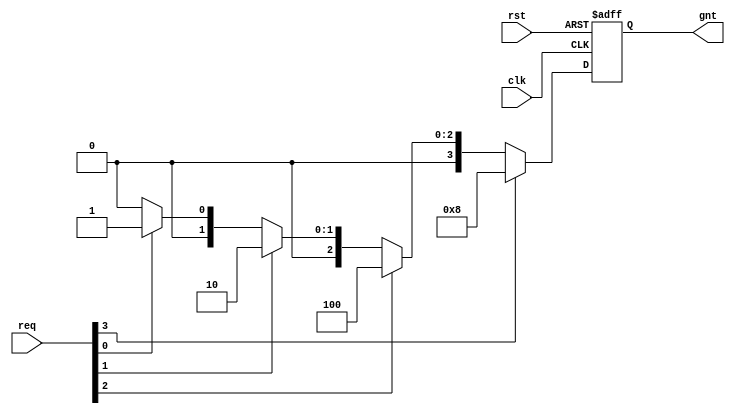
module fixed_priority_arbiter(req,clk,rst,gnt);
  input [3:0] req;
  input clk,rst;
  output reg [3:0] gnt;
  
  always@(posedge clk or posedge rst)
    begin
      
      if(rst)
        gnt <= 0;
      
      else if(req[3])
        gnt <= 4'b1000;
      
      else if(req[2])
        gnt <= 4'b0100;
      
      else if(req[1])
        gnt <= 4'b0010;
      
      else if(req[0])
        gnt <= 4'b0001;
      
      else
        gnt <= 0;
      
    end
endmodule